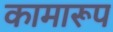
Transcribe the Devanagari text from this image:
कामारूप